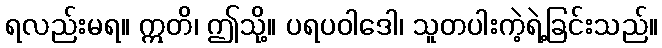
ရလည်းမရ။ ဣတိ၊ ဤသို့။ ပရပဝါဒေါ၊ သူတပါးကဲ့ရဲ့ခြင်းသည်။